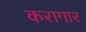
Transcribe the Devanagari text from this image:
करागार